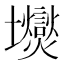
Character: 𱘛